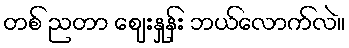
တစ် ညတာ ဈေးနှုန်း ဘယ်လောက်လဲ။